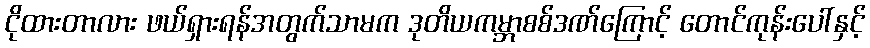
ငိုထားတာလား ဖယ်ရှားရန်အတွက်သာမက ဒုတိယကမ္ဘာစစ်ဒဏ်ကြောင့် တောင်ကုန်းပေါ်နှင့်